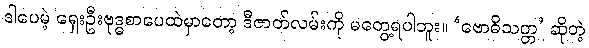
ဒါပေမဲ့ ရှေးဦးဗုဒ္ဓစာပေထဲမှာတော့ ဒီဇာတ်လမ်းကို မတွေ့ရပါဘူး။ ‘ဗောဓိသတ္တ’ ဆိုတဲ့